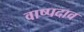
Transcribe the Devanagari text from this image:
वाष्पदाव